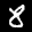
Label: 8